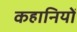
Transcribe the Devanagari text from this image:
कहानियोँ